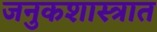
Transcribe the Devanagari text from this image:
जनुकशास्त्रात